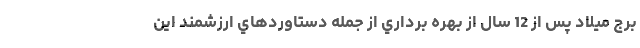
برج ميلاد پس از 12 سال از بهره برداري از جمله دستاوردهاي ارزشمند اين